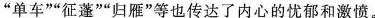
”单车””征蓬””归雁”等也传达了内心的忧郁和激愤。